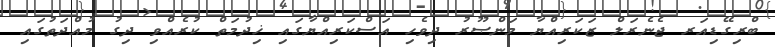
ބްރިގޭޑިއަރ ޖެނެރަލް ޒަކަރިއްޔާ މަންޞޫރު ދިވެހި އަސްކަރިއްޔާގައި ޚިދުމަތް ކުރެއްވި ދިގު މުއްދަތުގައި